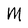
Character: M